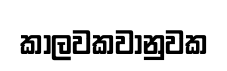
කාලවකවානුවක